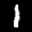
Label: 1